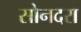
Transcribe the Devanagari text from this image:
सोनदरा